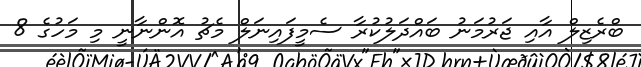
ބްރެޒިލް އާއި ޖަރުމަނު ބައްދަލުކުރާ ސެމީފައިނަލް މެޗު އޮންނާނީ މި މަހުގެ 8